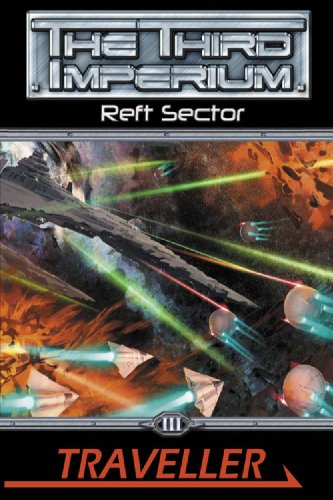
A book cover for Traveller: Reft Sector (The Third Imperium) (Traveller Sci-Fi Roleplaying); Martin J. Dougherty; Science Fiction & Fantasy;